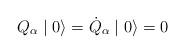
LaTeX: \begin{align*}Q_{\alpha} \mid 0 \rangle = \dot{Q}_{\alpha} \mid 0 \rangle = 0\end{align*}